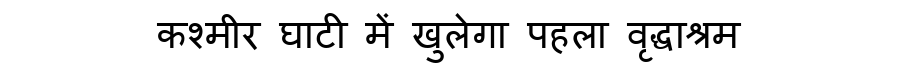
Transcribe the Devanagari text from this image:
कश्मीर घाटी में खुलेगा पहला वृद्धाश्रम